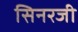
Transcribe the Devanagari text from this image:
सिनरजी